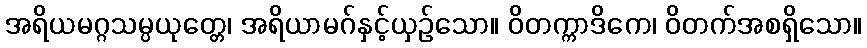
အရိယမဂ္ဂသမ္ပယုတ္တေ၊ အရိယာမဂ်နှင့်ယှဉ်သော။ ဝိတက္ကာဒိကေ၊ ဝိတက်အစရှိသော။